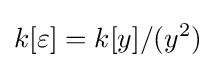
k[\varepsilon ]=k[y]/(y^{2})